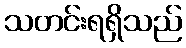
သတင်းရရှိသည်